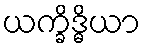
ယက္ခိဒ္ဓိယာ